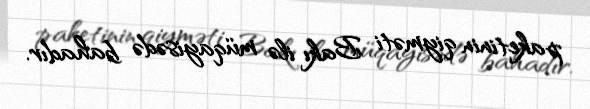
paketinin qiyməti Bakı ilə müqayisədə bahadır.